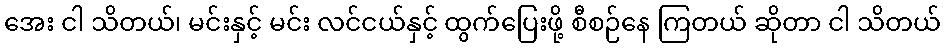
အေး ငါ သိတယ်၊ မင်းနှင့် မင်း လင်ငယ်နှင့် ထွက်ပြေးဖို့ စီစဉ်နေ ကြတယ် ဆိုတာ ငါ သိတယ်